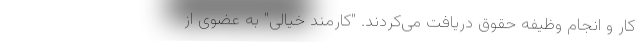
کار و انجام وظیفه حقوق دریافت می‌کردند. "کارمند خیالی" به عضوی از